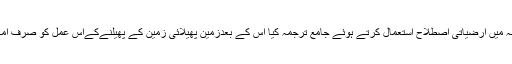
اور انہوں نے قدرت کے اس عمل کو ترجمہ میں ارضیاتی اصطلاح استعمال کرتے ہوئے جامع ترجمہ کیا اس کے بعدزمین پھیلائی زمین کے پھیلنےکےاس عمل کو صرف امام احمد رضا جیسا سائنس داں ہی دیکھ سکا۔